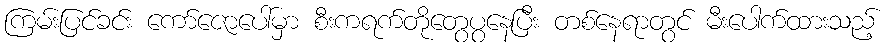
ကြမ်းပြင်ခင်း ကော်ဇောပေါ်မှာ စီးကရက်တိုတွေပွနေပြီး တစ်နေရာတွင် မီးပေါက်ထားသည့်